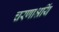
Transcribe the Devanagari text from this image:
चरणाश्रयिं